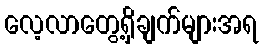
လေ့လာတွေ့ရှိချက်များအရ